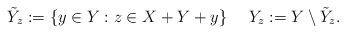
LaTeX: \begin{align*}\tilde Y_z := \{y \in Y: z \in X + Y + y\}\ \ \ \ Y_z := Y \setminus \tilde Y_z.\end{align*}